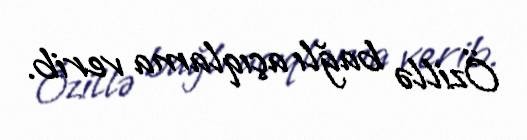
Özillə bağlı açıqlama verib.